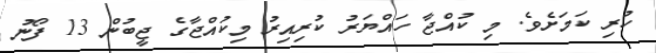
ހުރި ކަމަށެވެ. މި ކުއްޖާ ހައްޔަރު ކުރިއިރު މިކުއްޖާގެ ޖީބުން 13 ފޯނު